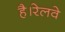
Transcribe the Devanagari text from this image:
है।रेलवे